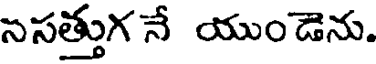
ససత్తుగ నే యుండెను.